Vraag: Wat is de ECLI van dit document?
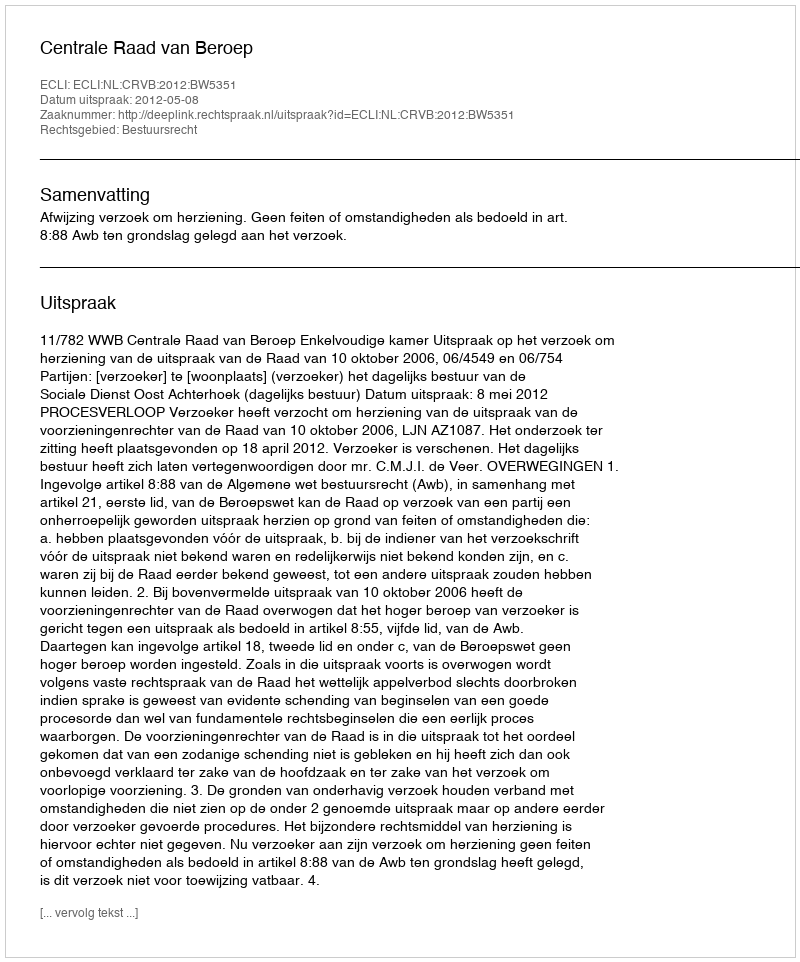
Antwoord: ECLI:NL:CRVB:2012:BW5351